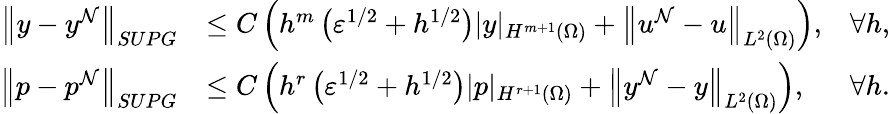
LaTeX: \begin{array}{rlr}{\left\| y-y^{\mathcal{N}}\right\| _{SUPG}}&{\leq C\left(h^{m}\left(\varepsilon^{1/2}+h^{1/2}\right)|y|_{H^{m+1}(\Omega)}+\left\| u^{\mathcal{N}}-u\right\| _{L^{2}(\Omega)}\right),}&{\forall h,}\\ {\left\| p-p^{\mathcal{N}}\right\| _{SUPG}}&{\leq C\left(h^{r}\left(\varepsilon^{1/2}+h^{1/2}\right)|p|_{H^{r+1}(\Omega)}+\left\| y^{\mathcal{N}}-y\right\| _{L^{2}(\Omega)}\right),}&{\forall h.}\end{array}